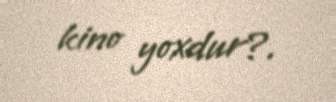
kino yoxdur?.